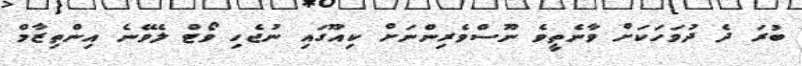
ބުރަ ދެ ދުވަހަކަށް ވާނެތީވެ ނޫސްވެރިންނަށް ކިއޫގައި ނުޖެހި ވޯޓް ލެވޭނެ އިންތިޒާމް